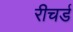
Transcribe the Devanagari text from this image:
रीचर्ड